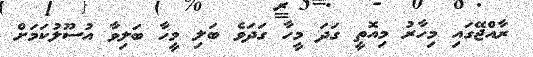
ރާއްޖޭގައި މިހާރު މިއޮތީ ގަދަ މީހާ ގަދަވެ ބަލި މީހާ ބަލިވާ އުސޫލުކަމަށް